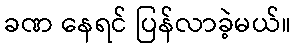
ခဏ နေရင် ပြန်လာခဲ့မယ်။